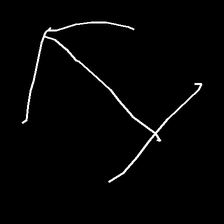
Glyph: levitation